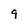
Character: q